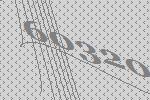
60320